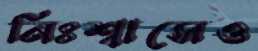
নিঃশ্বাসেও